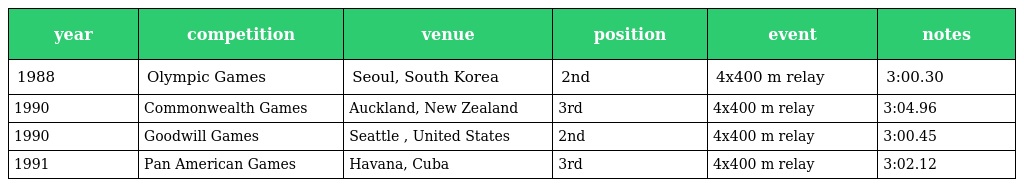
| year | competition | venue | position | event | notes |
 | --- | --- | --- | --- | --- | --- |
 | 1988 | Olympic Games | Seoul, South Korea | 2nd | 4x400 m relay | 3:00.30 |
 | 1990 | Commonwealth Games | Auckland, New Zealand | 3rd | 4x400 m relay | 3:04.96 |
 | 1990 | Goodwill Games | Seattle , United States | 2nd | 4x400 m relay | 3:00.45 |
 | 1991 | Pan American Games | Havana, Cuba | 3rd | 4x400 m relay | 3:02.12 |